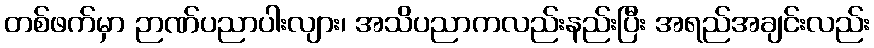
တစ်ဖက်မှာ ဉာဏ်ပညာပါးလျား၊ အသိပညာကလည်းနည်းပြီး အရည်အချင်းလည်း